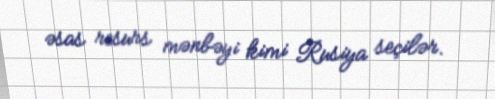
əsas resurs mənbəyi kimi Rusiya seçilər.